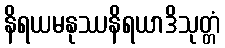
နိရယမနုဿနိရယာဒိသုတ္တံ